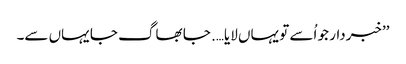
’’خبردار جو اُسے تو یہاں لایا…. جا بھاگ جا یہاں سے۔